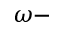
\omega -